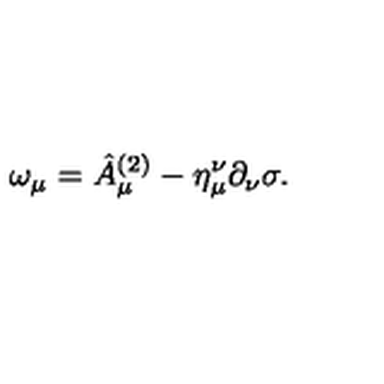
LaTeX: \omega _ { \mu } = \hat { A } _ { \mu } ^ { ( 2 ) } - \eta _ { \mu } ^ { \nu } \partial _ { \nu } \sigma .